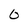
Character: O